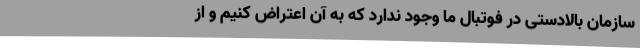
سازمان بالادستی در فوتبال ما وجود ندارد که به آن اعتراض کنیم و از